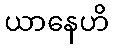
ယာနေဟိ